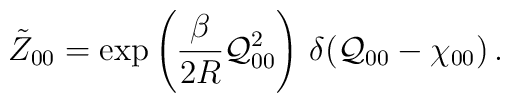
\tilde{Z}_{00} = \exp\left(\frac{\beta}{2R}{\cal Q}_{00}^{2}\right)\,\delta({\cal Q}_{00} - \chi_{00})\,.